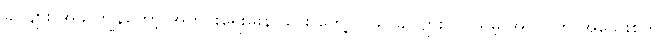
ခင်ဗျား အခု ကျွန်တော့် အတွင်းရေးမှူးနဲ့ သွား တွေ့ပါ၊ သူ ခင်ဗျား လုပ်ရမဲ့ အလုပ်ကို အသေးစိတ်